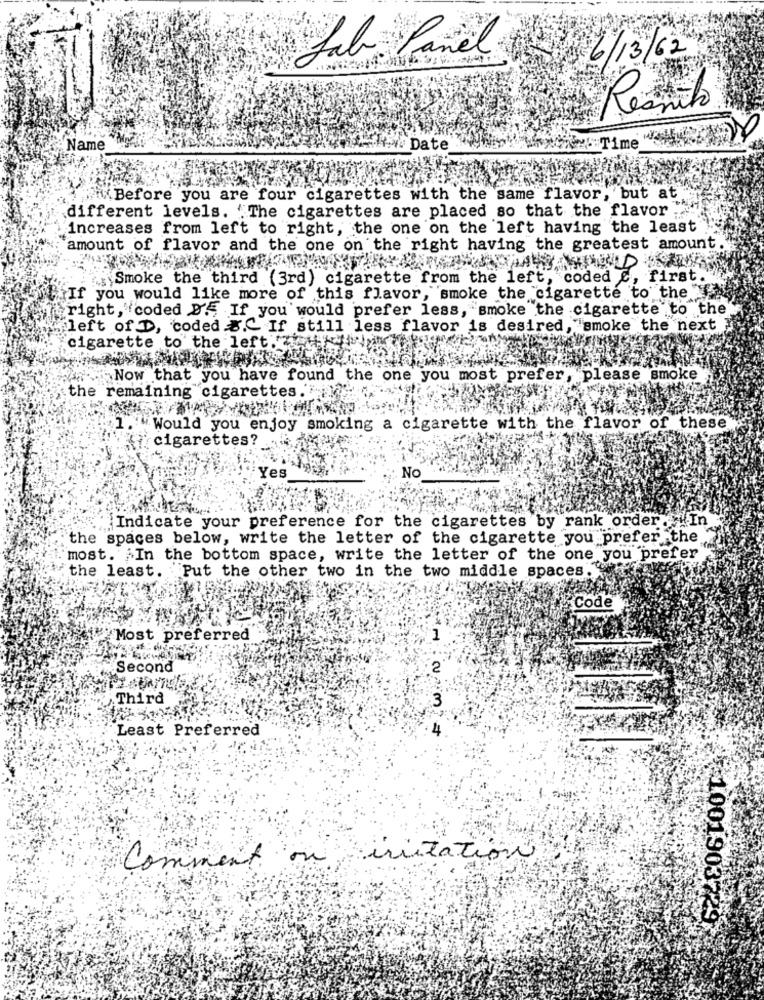
Jab Panel
26/13/62
Resmito
Name
Date
:Time
fix Before you are four cigarettes with the same flavor, but at
different levels. 'The cigarettes are placed so that the flavor
increases from left to right, the one on the left having the least
amount of flavor and the one on the right having the greatest amount.
Smoke the third (3rd) cigarette from the left, coded &, first.
If you would like more of this flavor,"smoke the cigarette to the"
right, "coded D'. If you would prefer less, smoke the cigarette to the
left of D, coded .C. If still less flavor is desired, "smoke the next
cigarette to the left .
Now that you have found the one you most prefer, please smoke
the remaining cigarettes. "i.
"Would you enjoy smoking a cigarette with the flavor of these"
cigarettes?
No
Yes
Indicate your preference for the cigarettes by rank order In
the spaces below, write the letter of the cigarette you prefer the
most. In the bottom space, write the letter of the one you prefer
the least. Put the other two in the two middle spaces.
Code
Most preferred
Second
2
Third
3
Least Preferred
Comment on irritation
1001903